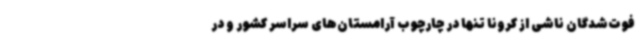
فوت‌شدگان ناشی از کرونا تنها در چارچوب آرامستان‌های سراسر کشور و در